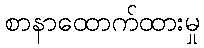
စာနာထောက်ထားမှု